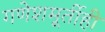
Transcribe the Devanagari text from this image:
गणेशमूर्तीही